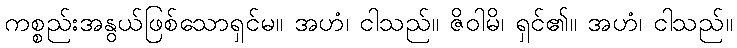
ကစ္စည်းအနွယ်ဖြစ်သောရှင်မ။ အဟံ၊ ငါသည်။ ဇိဝါမိ၊ ရှင်၏။ အဟံ၊ ငါသည်။